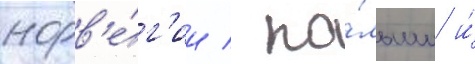
норв'е́г'ии / по́льши и́